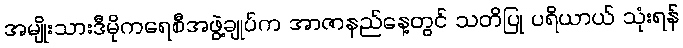
အမျိုးသားဒီမိုကရေစီအဖွဲ့ချုပ်က အာဇာနည်နေ့တွင် သတိပြု ပရိယာယ် သုံးရန်